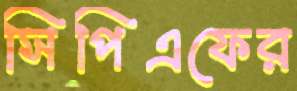
সিপিএফের